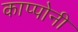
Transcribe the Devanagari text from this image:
काप्पोनी